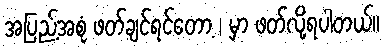
အပြည့်အစုံ ဖတ်ချင်ရင်တော့ | မှာ ဖတ်လို့ရပါတယ်။